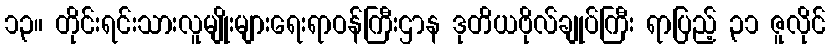
၁၃။ တိုင်းရင်းသားလူမျိုးများရေးရာဝန်ကြီးဌာန ဒုတိယဗိုလ်ချုပ်ကြီး ရာပြည့် ၃၁ ဇူလိုင်